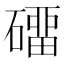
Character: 𰧡